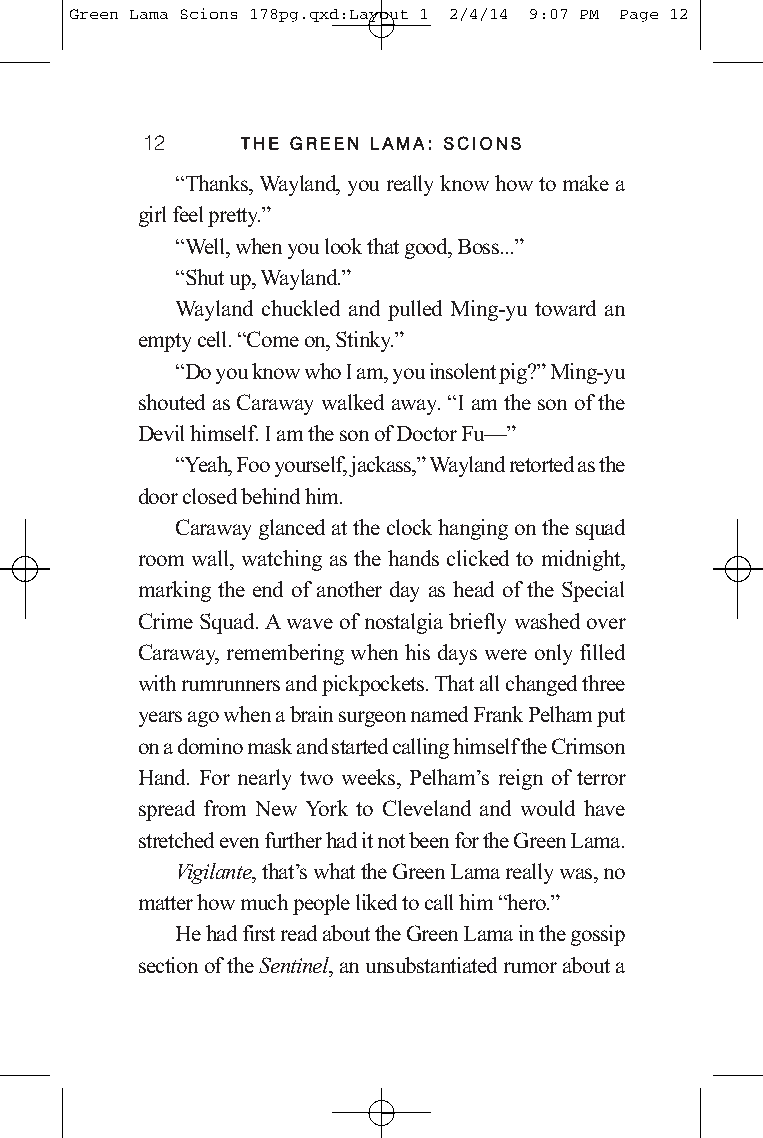
Green Lama Scions 178pg.qxd:Layout 1 2/4/14 9:07 PM Page 12
 12     TTHHEE GGRREEEENN LLAAMMAA:: SSCCIIOONNSS
 “Thanks, Wayland, you really know how to make a
 girl feel pretty.”
 “Well, when you look that good, Boss...”
 “Shut up, Wayland.”
 Wayland chuckled and pulled Ming-yu toward an
 empty cell. “Come on, Stinky.”
 “Do you know who I am, you insolent pig?” Ming-yu
 shouted as Caraway walked away. “I am the son of the
 Devil himself. I am the son of Doctor Fu—”
 “Yeah, Foo yourself, jackass,”Wayland retorted as the
 door closed behind him.
 Caraway glanced at the clock hanging on the squad
 room wall, watching as the hands clicked to midnight,
 marking the end of another day as head of the Special
 Crime Squad. A wave of nostalgia briefly washed over
 Caraway, remembering when his days were only filled
 with rumrunners and pickpockets. That all changed three
 years ago when a brain surgeon named Frank Pelham put
 on a domino mask and started calling himself the Crimson
 Hand. For nearly two weeks, Pelham’s reign of terror
 spread from New York to Cleveland and would have
 stretched even further had it not been for the Green Lama.
 Vigilante, that’s what the Green Lama really was, no
 matter how much people liked to call him “hero.”
 He had first read about the Green Lama in the gossip
 section of the Sentinel, an unsubstantiated rumor about a